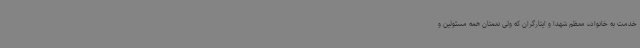
خدمت به خانواده معظم شهدا و ایثارگران که ولی نعمتان همه مسئولین و